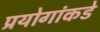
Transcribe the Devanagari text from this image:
प्रयोगांकडे